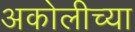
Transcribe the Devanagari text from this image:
अकोलीच्या